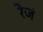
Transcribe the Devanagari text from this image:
रेजं